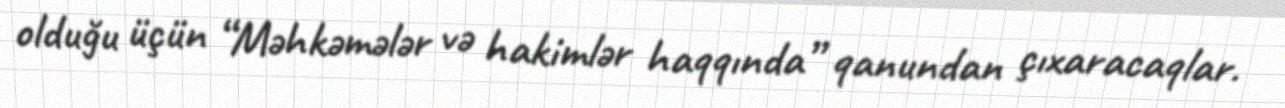
olduğu üçün “Məhkəmələr və hakimlər haqqında” qanundan çıxaracaqlar.